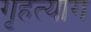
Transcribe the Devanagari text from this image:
गृहत्‍याग